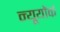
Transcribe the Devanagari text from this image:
न्यूयोंर्क